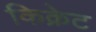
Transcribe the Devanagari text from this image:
किक्रेट